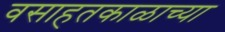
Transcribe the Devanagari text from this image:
वसाहतकाळाच्या